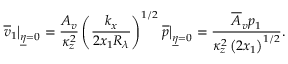
\left. \overline { { v } } _ { 1 } \right\vert _ { \underline { { \eta } } = 0 } = \frac { A _ { v } } { \kappa _ { z } ^ { 2 } } \left( \frac { k _ { x } } { 2 x _ { 1 } R _ { \lambda } } \right) ^ { 1 / 2 } \left. \overline { { p } } \right\vert _ { \underline { { \eta } } = 0 } = \frac { \overline { { A } } _ { v } p _ { 1 } } { \kappa _ { z } ^ { 2 } \left( 2 x _ { 1 } \right) ^ { 1 / 2 } } .